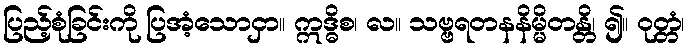
ပြည့်စုံခြင်းကို ပြအံ့သောငှာ။ ဣဒ္ဓိစ၊ လ။ သဗ္ဗရတနနိမ္မိတန္တိ၊ ၍။ ဝုတ္တံ၊